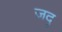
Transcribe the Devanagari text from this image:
जदृ